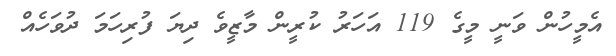
އެމީހުން ވަނީ މީގެ 119 އަހަރު ކުރީން މާޒީވެ ދިޔަ ފުރިހަމަ ދުވަހެއް